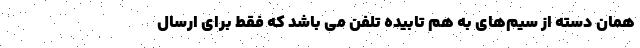
همان دسته از سیم‌های به هم تابیده تلفن می باشد که فقط برای ارسال